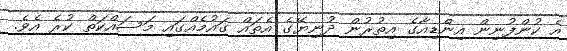
އެ ކުންފުނިން އިންޑިއާގެ އިތުރުން ދުނިޔޭގެ އެތައް ގައުމެއްގައި މަސައްކަތް ކުރެ އެވެ.